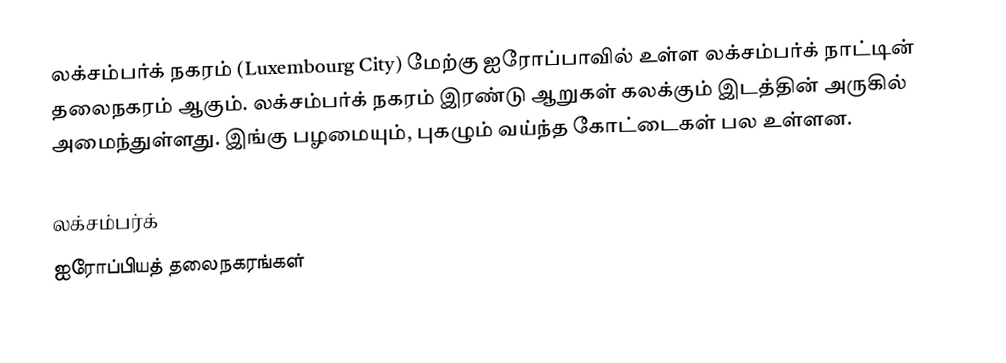
லக்சம்பர்க் நகரம் (Luxembourg City) மேற்கு ஐரோப்பாவில் உள்ள லக்சம்பர்க் நாட்டின் தலைநகரம் ஆகும். லக்சம்பர்க் நகரம் இரண்டு ஆறுகள் கலக்கும் இடத்தின் அருகில் அமைந்துள்ளது. இங்கு பழமையும், புகழும் வய்ந்த கோட்டைகள் பல உள்ளன.

லக்சம்பர்க்
ஐரோப்பியத் தலைநகரங்கள்